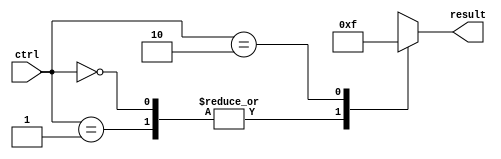
module dont_care_statement (
    input wire [1:0] ctrl,
    output reg [3:0] result
);

always @*
begin
    case(ctrl)
        2'b00, 2'b01: result = 4'b0000;
        2'b10: result = 4'b1111;
        default: result = 4'bxxxx; // Don't care case
    endcase
end

endmodule